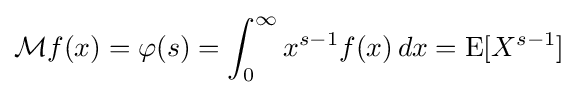
{\mathcal {M}}f(x)=\varphi (s)=\int _{0}^{\infty }x^{s-1}f(x)\,dx=\operatorname {E} [X^{s-1}]